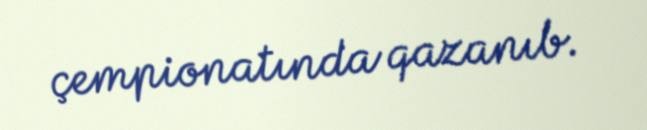
çempionatında qazanıb.